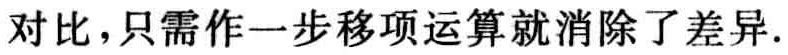
对比，只需作一步移项运算就消除了差异.